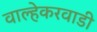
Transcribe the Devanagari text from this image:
वाल्हेकरवाडी